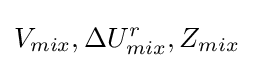
V_{mix},\Delta U_{mix}^{r},Z_{mix}